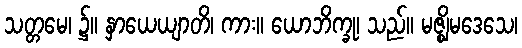
သတ္တမေ၊ ၌။ နှာယေယျာတိ၊ ကား။ ယောဘိက္ခု၊ သည်။ မဇ္ဈိမဒေသေ၊